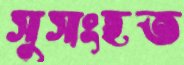
সুসংহত